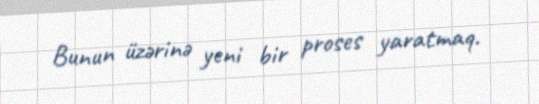
Bunun üzərinə yeni bir proses yaratmaq.